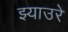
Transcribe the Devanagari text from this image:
झ्याउरे